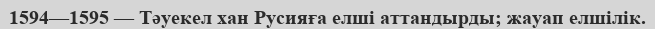
1594—1595 — Тәуекел хан Русияға елші аттандырды; жауап елшілік.